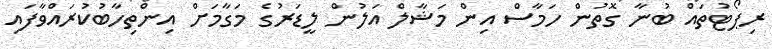
ރިޕޯޓުތައް ބުނާ ގޮތުން ހަމާސް އިން މަޝާލް އަލުން ލީޑަރުގެ މަގާމަށް އިންތިހާބުކުރައްވާފައި